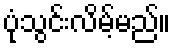
ပုံသွင်းလိမ့်မည်။